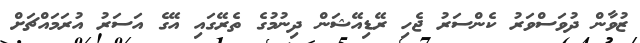
ޒުވާން ދުވަސްވަރު ކެންސަރު ޖެހި ރޭޑިއޭޝަން ދިނުމުގެ ތެރޭގައި އޭގެ އަސަރު އުރަމައްޗަށް